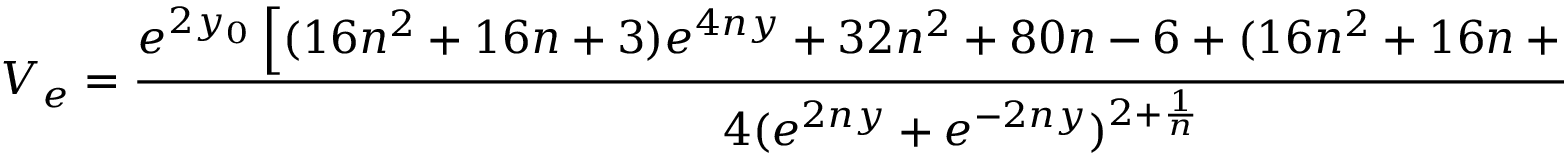
V _ { e } = \frac { e ^ { 2 y _ { 0 } } \left[ ( 1 6 n ^ { 2 } + 1 6 n + 3 ) e ^ { 4 n y } + 3 2 n ^ { 2 } + 8 0 n - 6 + ( 1 6 n ^ { 2 } + 1 6 n + 3 ) e ^ { - 4 n y } \right] } { 4 ( e ^ { 2 n y } + e ^ { - 2 n y } ) ^ { 2 + \frac { 1 } { n } } } .